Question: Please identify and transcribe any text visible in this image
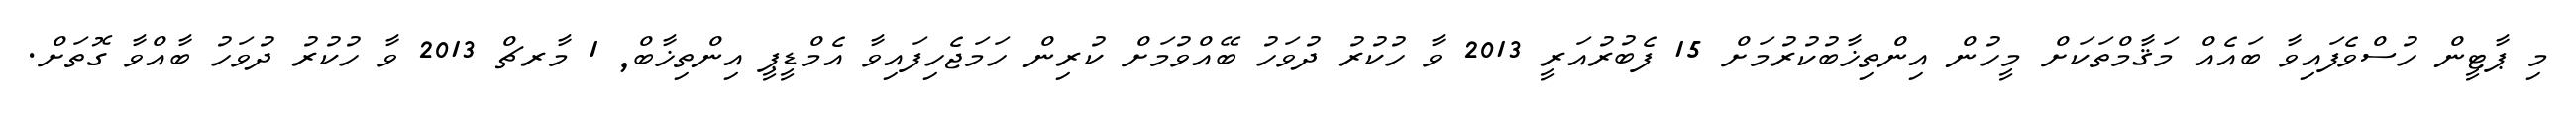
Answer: މި ޕާޓީން ހުސްވެފައިވާ ބައެއް މަޤާމްތަކަށް މީހުން އިންތިޚާބުކުރުމަށް 15 ފެބުރުއަރީ 2013 ވާ ހުކުރު ދުވަހު ބޭއްވުމަށް ކުރިން ހަމަޖެހިފައިވާ އެމްޑީޕީ އިންތިޚާބް, 1 މާރޗް 2013 ވާ ހުކުރު ދުވަހު ބާއްވާ ގޮތަށް.